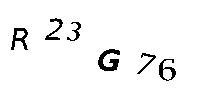
R23G76